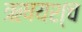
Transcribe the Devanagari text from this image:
ऋषयश्च